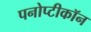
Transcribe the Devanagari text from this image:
पनोप्टीकॉन